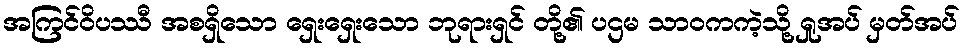
အကြင်ဝိပဿီ အစရှိသော ရှေးရှေးသော ဘုရားရှင် တို့၏ ပဌမ သာဝကကဲ့သို့ ရှုအပ် မှတ်အပ်